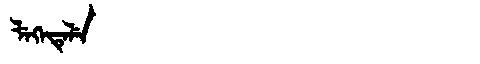
Manchu: ᠯᡝᡴᡝᡨᡝᠯᡝ
Romanization: LEKETELE